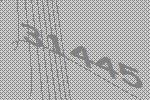
31445